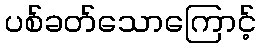
ပစ်ခတ်သောကြောင့်